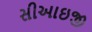
સીઆઇજી